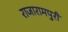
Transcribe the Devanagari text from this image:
राजारामपुरी